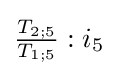
{\tfrac {T_{2;5}}{T_{1;5}}}:{i_{5}}